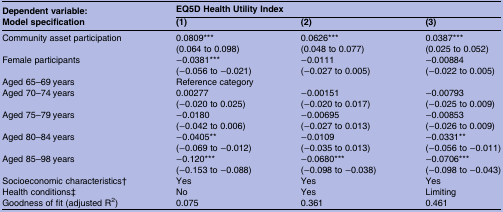
| Dependent variable: | <COLSPAN=3> EQ5D Health Utility Index |
 | Model specification | (1) | (2) | (3) |
 | --- | --- | --- | --- |
 | <ROWSPAN=2> Community asset participation | 0.0809*** | 0.0626*** | 0.0387*** |
 | (0.064 to 0.098) | (0.048 to 0.077) | (0.025 to 0.052) |
 | <ROWSPAN=2> Female participants | −0.0381*** | −0.0111 | −0.00884 |
 | (−0.056 to −0.021) | (−0.027 to 0.005) | (−0.022 to 0.005) |
 | Aged 65–69 years | <COLSPAN=3> Reference category |
 | <ROWSPAN=2> Aged 70–74 years | 0.00277 | −0.00151 | −0.00793 |
 | (−0.020 to 0.025) | (−0.020 to 0.017) | (−0.025 to 0.009) |
 | <ROWSPAN=2> Aged 75–79 years | −0.0180 | −0.00695 | −0.00853 |
 | (−0.042 to 0.006) | (−0.027 to 0.013) | (−0.026 to 0.009) |
 | <ROWSPAN=2> Aged 80–84 years | −0.0405** | −0.0109 | −0.0331** |
 | (−0.069 to −0.012) | (−0.035 to 0.013) | (−0.056 to −0.011) |
 | <ROWSPAN=2> Aged 85–98 years | −0.120*** | −0.0680*** | −0.0706*** |
 | (−0.153 to −0.088) | (−0.098 to −0.038) | (−0.098 to −0.043) |
 | Socioeconomic characteristics† | Yes | Yes | Yes |
 | Health conditions‡ | No | Yes | Limiting |
 | Goodness of fit (adjusted R2) | 0.075 | 0.361 | 0.461 |